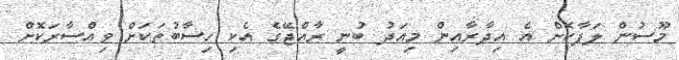
މޫސުން ލަފާކޮށް އެ އިދާރާއިން މިއަދު ބުނީ ރާއްޖޭގެ އެކި ހިސާބުތަކަށް ވިއްސާރަކޮށް